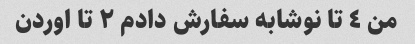
من ٤ تا نوشابه سفارش دادم ٢ تا اوردن